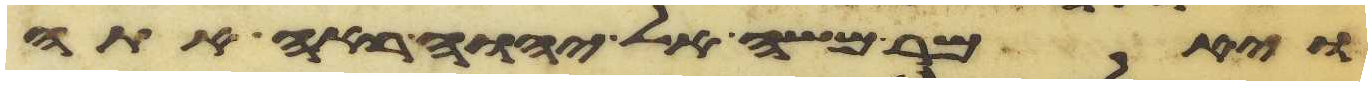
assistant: ויאמר משה אל יהוה ראה אתה